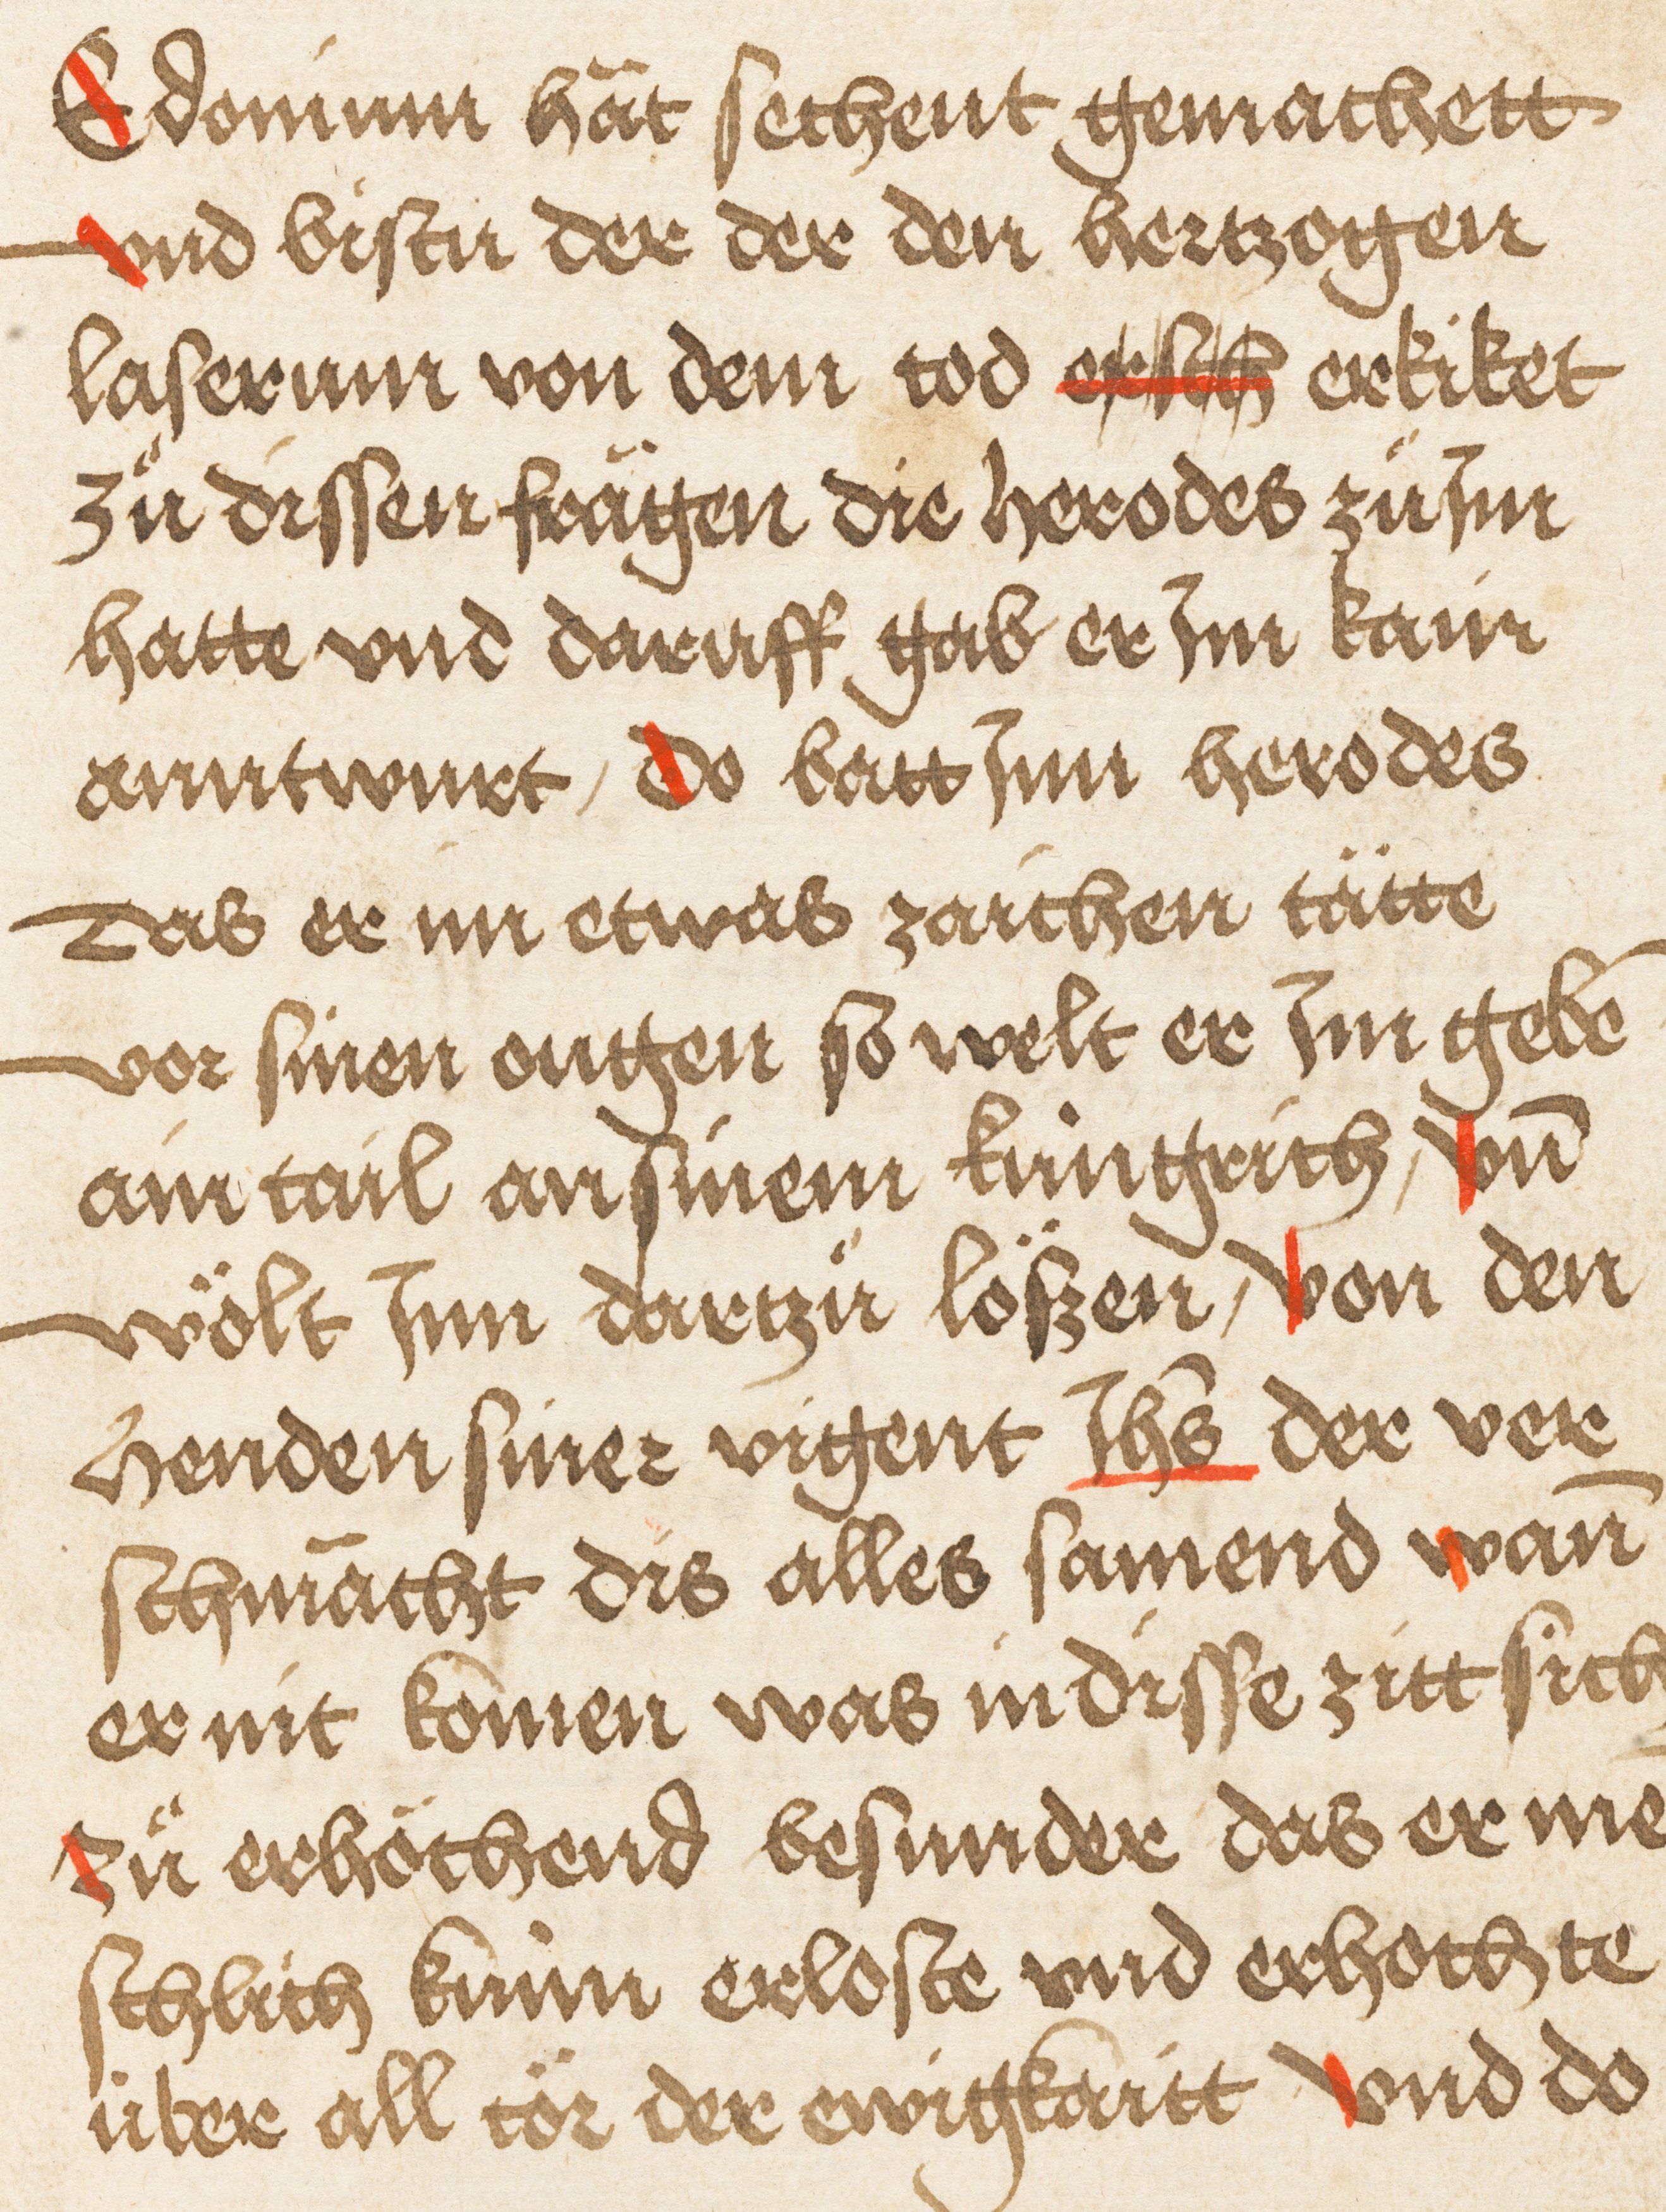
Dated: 1495–1495